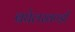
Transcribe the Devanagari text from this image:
बघेलखण्डी